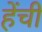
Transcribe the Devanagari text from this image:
हेंची